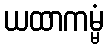
ယထာကမ္မံ